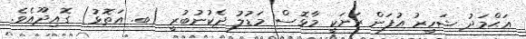
އަޙްމަދު ޝަހީރު އުފަން ރަށަކީ މާޅޮސް މަޑުލު ދެކުނުބުރީ (ބ. އަތޮޅު) ގޮއިދޫއެވެ.